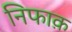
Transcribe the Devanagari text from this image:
निफाक़